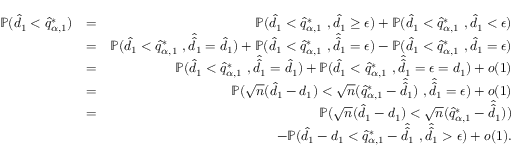
\begin{array} { r l r } { \mathbb { P } ( \hat { d } _ { 1 } < \hat { q } _ { \alpha , 1 } ^ { * } ) } & { = } & { \mathbb { P } ( \hat { d } _ { 1 } < \hat { q } _ { \alpha , 1 } ^ { * } \ , \hat { d } _ { 1 } \geq \epsilon ) + \mathbb { P } ( \hat { d } _ { 1 } < \hat { q } _ { \alpha , 1 } ^ { * } \ , \hat { d } _ { 1 } < \epsilon ) } \\ & { = } & { \mathbb { P } ( \hat { d } _ { 1 } < \hat { q } _ { \alpha , 1 } ^ { * } \ , \hat { \hat { d } } _ { 1 } = \hat { d } _ { 1 } ) + \mathbb { P } ( \hat { d } _ { 1 } < \hat { q } _ { \alpha , 1 } ^ { * } \ , \hat { \hat { d } } _ { 1 } = \epsilon ) - \mathbb { P } ( \hat { d } _ { 1 } < \hat { q } _ { \alpha , 1 } ^ { * } \ , \hat { d } _ { 1 } = \epsilon ) } \\ & { = } & { \mathbb { P } ( \hat { d } _ { 1 } < \hat { q } _ { \alpha , 1 } ^ { * } \ , \hat { \hat { d } } _ { 1 } = \hat { d } _ { 1 } ) + \mathbb { P } ( \hat { d } _ { 1 } < \hat { q } _ { \alpha , 1 } ^ { * } \ , \hat { \hat { d } } _ { 1 } = \epsilon = d _ { 1 } ) + o ( 1 ) } \\ & { = } & { \mathbb { P } ( \sqrt { n } ( \hat { d } _ { 1 } - d _ { 1 } ) < \sqrt { n } ( \hat { q } _ { \alpha , 1 } ^ { * } - \hat { \hat { d } } _ { 1 } ) \ , \hat { \hat { d } } _ { 1 } = \epsilon ) + o ( 1 ) } \\ & { = } & { \mathbb { P } ( \sqrt { n } ( \hat { d } _ { 1 } - d _ { 1 } ) < \sqrt { n } ( \hat { q } _ { \alpha , 1 } ^ { * } - \hat { \hat { d } } _ { 1 } ) ) } \\ & { } & { - \mathbb { P } ( \hat { d } _ { 1 } - d _ { 1 } < \hat { q } _ { \alpha , 1 } ^ { * } - \hat { \hat { d } } _ { 1 } \ , \hat { \hat { d } } _ { 1 } > \epsilon ) + o ( 1 ) . } \end{array}